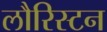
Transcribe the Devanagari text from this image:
लौरिस्टन